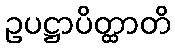
ဥပဋ္ဌာပိတ္ထာတိ